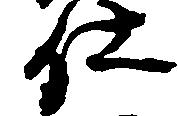
仕